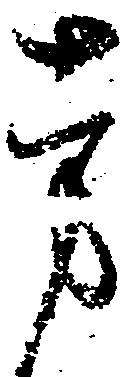
旁